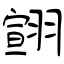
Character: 翧